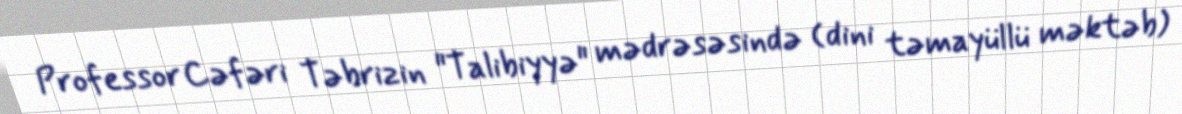
Professor Cəfəri Təbrizin "Talibiyyə" mədrəsəsində (dini təmayüllü məktəb)